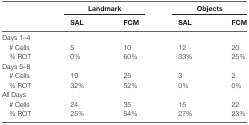
<table><thead><tr><td></td><td colspan="2"><b>Landmark</b></td><td colspan="2"><b>Objects</b></td></tr><tr><td></td><td><b>SAL</b></td><td><b>FCM</b></td><td><b>SAL</b></td><td><b>FCM</b></td></tr></thead><tbody><tr><td>Days 1–4</td><td></td><td></td><td></td><td></td></tr><tr><td># Cells</td><td>5</td><td>10</td><td>12</td><td>20</td></tr><tr><td>% ROT</td><td>0%</td><td>60%</td><td>33%</td><td>25%</td></tr><tr><td>Days 5–8</td><td></td><td></td><td></td><td></td></tr><tr><td># Cells</td><td>19</td><td>25</td><td>3</td><td>2</td></tr><tr><td>% ROT</td><td>32%</td><td>52%</td><td>0%</td><td>0%</td></tr><tr><td>All Days</td><td></td><td></td><td></td><td></td></tr><tr><td># Cells</td><td>24</td><td>35</td><td>15</td><td>22</td></tr><tr><td>% ROT</td><td>25%</td><td>54%</td><td>27%</td><td>23%</td></tr></tbody></table>